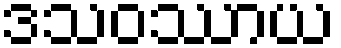
ဒသဝဿာယ